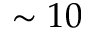
\sim 1 0